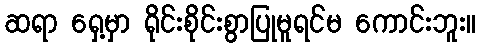
ဆရာ ရှေ့မှာ ရိုင်းစိုင်းစွာပြုမူရင်မ ကောင်းဘူး။